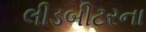
લીડબીટરના